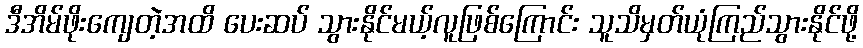
ဒီအိမ်ဖိုးကျေတဲ့အထိ ပေးဆပ် သွားနိုင်မယ့်လူဖြစ်ကြောင်း သူသိမှတ်ယုံကြည်သွားနိုင်ဖို့